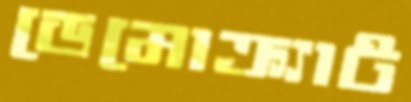
ডেমোক্র্যাট